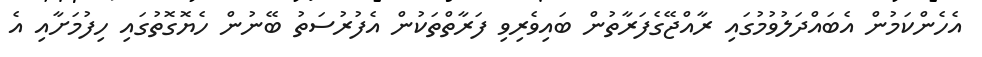
އެހެންކަމުން އެބައްދަލުވުމުގައި ރާއްޖޭގެފަރާތުން ބައިވެރިވި ފަރާތްތަކުން އެފުރުސަތު ބޭނުން ހެޔޮގޮތުގައި ހިފުމަށާއި އެ